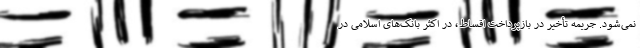
نمی‌شود. جریمه تأخیر در بازپرداخت اقساط، در اکثر بانک‌های اسلامی در